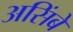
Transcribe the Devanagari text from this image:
असिंबे